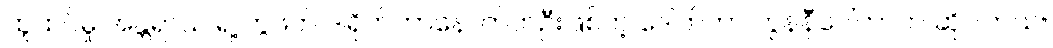
ထူထပ်မှု အန္တရာယ် ရဲ့ တွဲဖက် ဒါရိုက်တာနောက်တဦးဖြစ်တဲ့ ဒေါက်တာ ကွန်နီဝေါ်ကာက ဆိုပါတယ်။